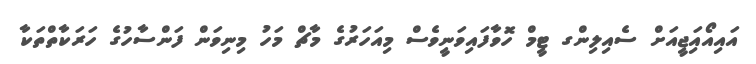
އައިއޯއަިޖީއަށް ސެއިލިންގ ޓީމް ހޮވާފައިވަނީވެސް މިއަހަރުގެ މާޗް މަހު މިނިވަން ފަންސާހުގެ ހަރަކާތްތަކާ